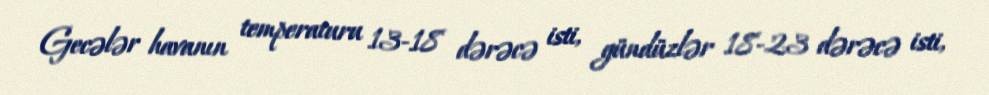
Gecələr havanın temperaturu 13-18 dərəcə isti, gündüzlər 18-23 dərəcə isti,